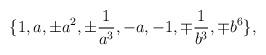
LaTeX: \begin{align*}\{ 1, a ,\pm a^2 , \pm \frac{1}{a^3}, - a, -1 , \mp \frac{1}{b^3}, \mp b^6 \},\end{align*}